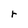
Character: r